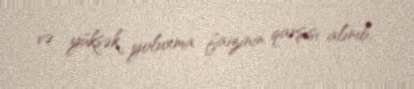
və yüksək yoluxma faizinin qarşısı alınıb.